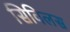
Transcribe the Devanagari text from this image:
सिविलस